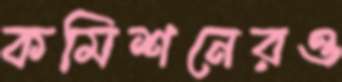
কমিশনেরও